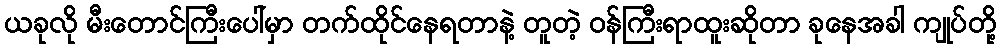
ယခုလို မီးတောင်ကြီးပေါ်မှာ တက်ထိုင်နေရတာနဲ့ တူတဲ့ ဝန်ကြီးရာထူးဆိုတာ ခုနေအခါ ကျုပ်တို့